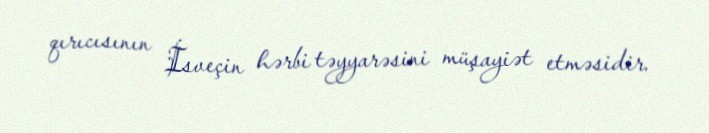
qırıcısının İsveçin hərbi təyyarəsini müşayiət etməsidir.